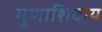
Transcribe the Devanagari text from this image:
गुणाशिवाय